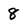
Character: 8